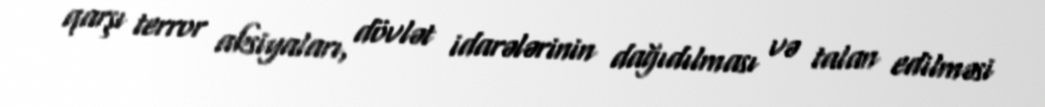
qarşı terror aksiyaları, dövlət idarələrinin dağıdılması və talan edilməsi